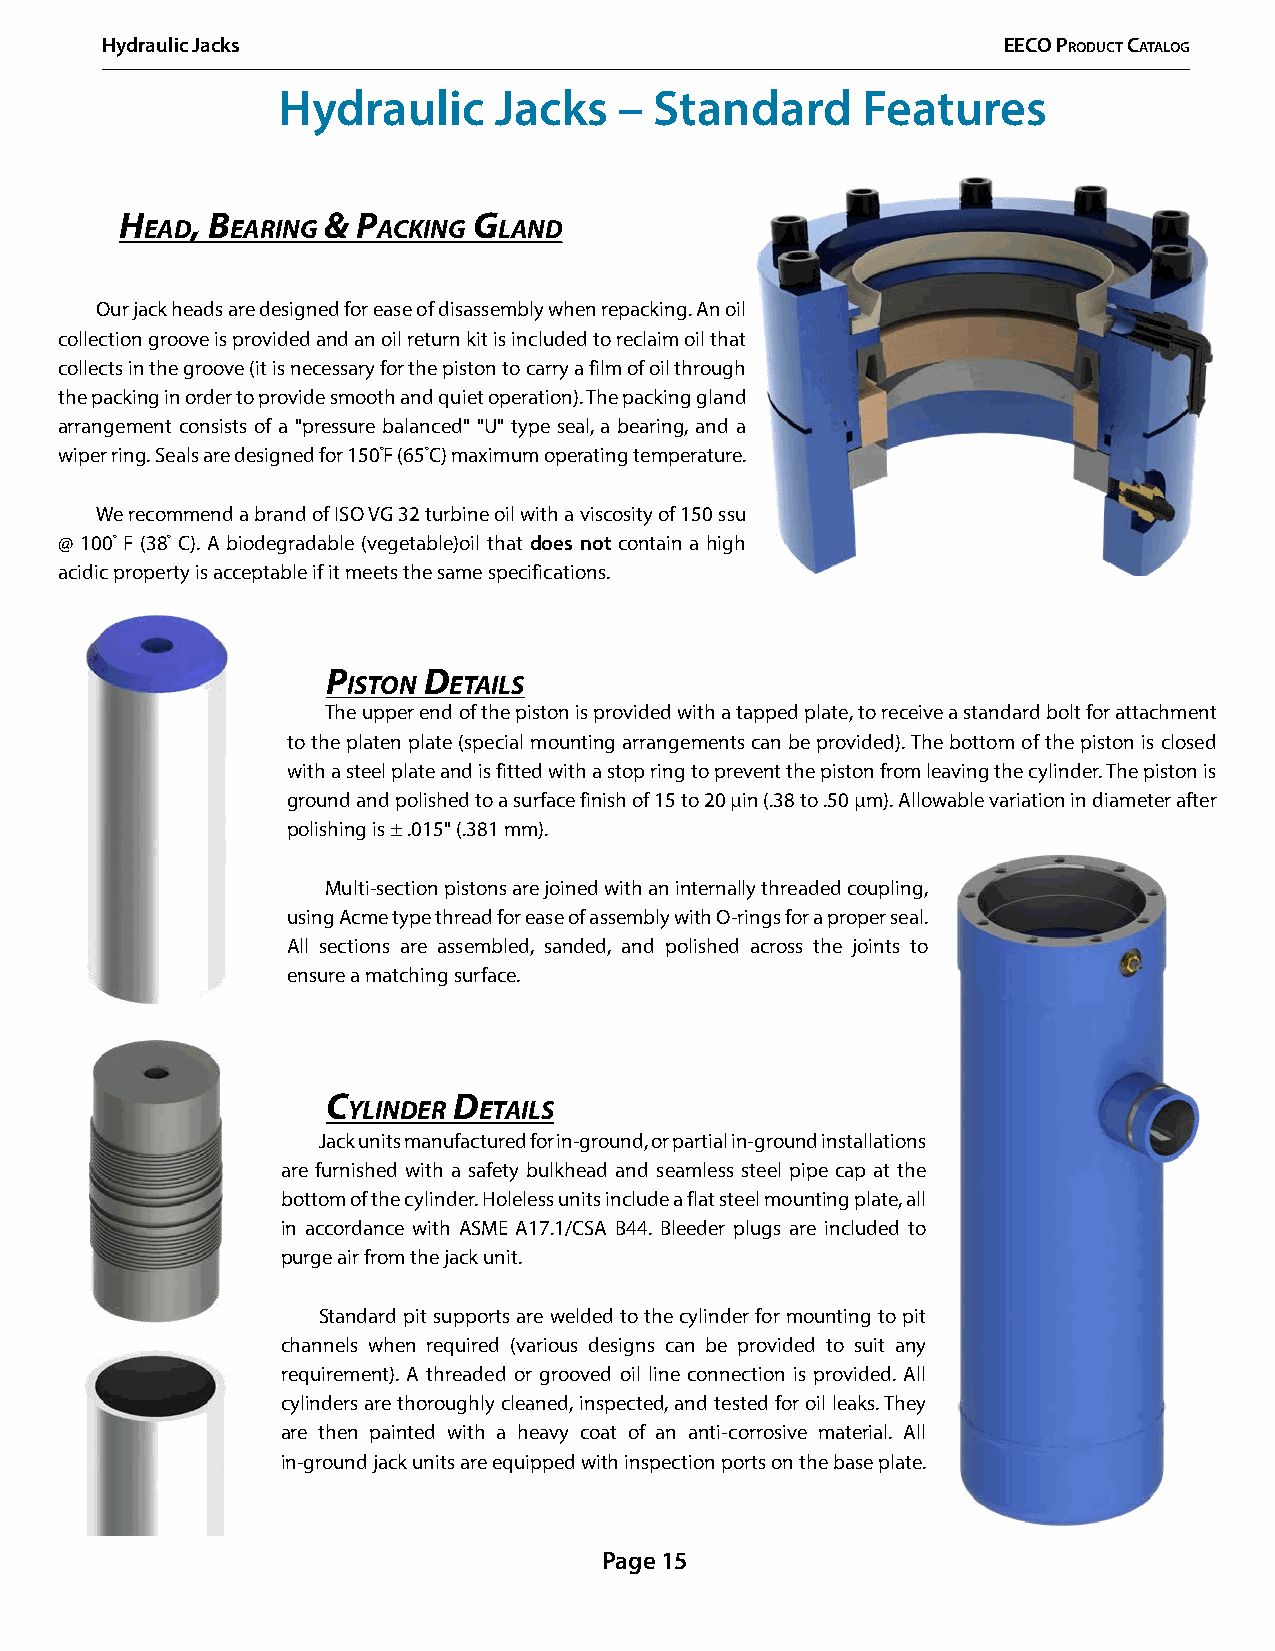
Hydraulic Jacks                                            EECO PrOduCt CatalOg
 Hydraulic      Jacks   – Standard      Features
 H    , B     &  p      g
 eaD  earing    aCking  lanD
 Our jack heads are designed for ease of disassembly when repacking. An oil
 collection groove is provided and an oil return kit is included to reclaim oil that
 collects in the groove (it is necessary for the piston to carry a film of oil through
 the packing in order to provide smooth and quiet operation). The packing gland
 arrangement consists of a "pressure balanced" "U" type seal, a bearing, and a
 wiper ring. Seals are designed for 150°F (65°C) maximum operating temperature.
 We recommend a brand of ISO VG 32 turbine oil with a viscosity of 150 ssu
 @ 100° F (38° C). A biodegradable (vegetable)oil that does not contain a high
 acidic property is acceptable if it meets the same specifications.
 p     D
 iston  etails
 The upper end of the piston is provided with a tapped plate, to receive a standard bolt for attachment
 to the platen plate (special mounting arrangements can be provided). The bottom of the piston is closed
 with a steel plate and is fitted with a stop ring to prevent the piston from leaving the cylinder. The piston is
 ground and polished to a surface finish of 15 to 20 µin (.38 to .50 μm). Allowable variation in diameter after
 polishing is ± .015" (.381 mm).
 Multi-section pistons are joined with an internally threaded coupling,
 using Acme type thread for ease of assembly with O-rings for a proper seal.
 All sections are assembled, sanded, and polished across the joints to
 ensure a matching surface.
 C       D
 ylinDer  etails
 Jack units manufactured for in-ground, or partial in-ground installations
 are furnished with a safety bulkhead and seamless steel pipe cap at the
 bottom of the cylinder. Holeless units include a flat steel mounting plate, all
 in accordance with ASME A17.1/CSA B44. Bleeder plugs are included to
 purge air from the jack unit.
 Standard pit supports are welded to the cylinder for mounting to pit
 channels when required (various designs can be provided to suit any
 requirement). A threaded or grooved oil line connection is provided. All
 cylinders are thoroughly cleaned, inspected, and tested for oil leaks. They
 are then painted with a heavy coat of an anti-corrosive material. All
 in-ground jack units are equipped with inspection ports on the base plate.
 Page 15